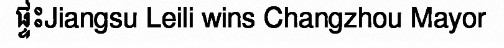
ផ្ទះJiangsu Leili wins Changzhou Mayor